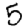
Digit: 5